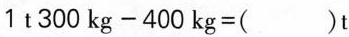
$$1 t 3 0 0 k g - 4 0 0 k g = ( ) t$$